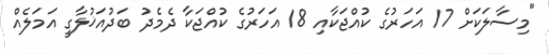
"މިސާލަކަށް 17 އަހަރުގެ ކުއްޖަކާއި 18 އަހަރުގެ ކުއްޖަކާ ދެމެދު ބަދުއަޚުލާގީ އަމަލެއް